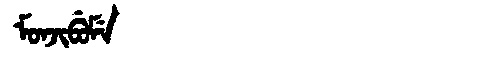
Manchu: ᠮᠣᠨᠵᡳᠪᡠᠮᡝ
Romanization: MONJIBUME